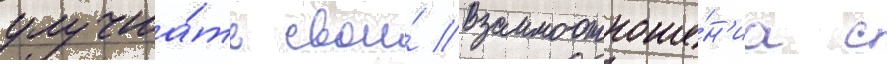
улучша́ть свои́ взаимоотноше́н'иа с